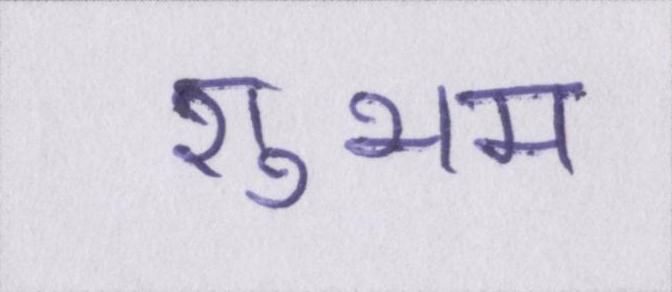
शुभम